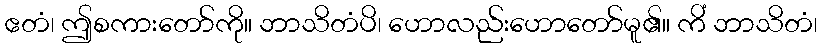
ဧတံ၊ ဤစကားတော်ကို။ ဘာသိတံပိ၊ ဟောလည်းဟောတော်မူ၏။ ကိံ ဘာသိတံ၊